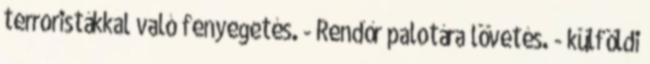
terroristákkal való fenyegetés. - Rendőr palotára lövetés. - külföldi